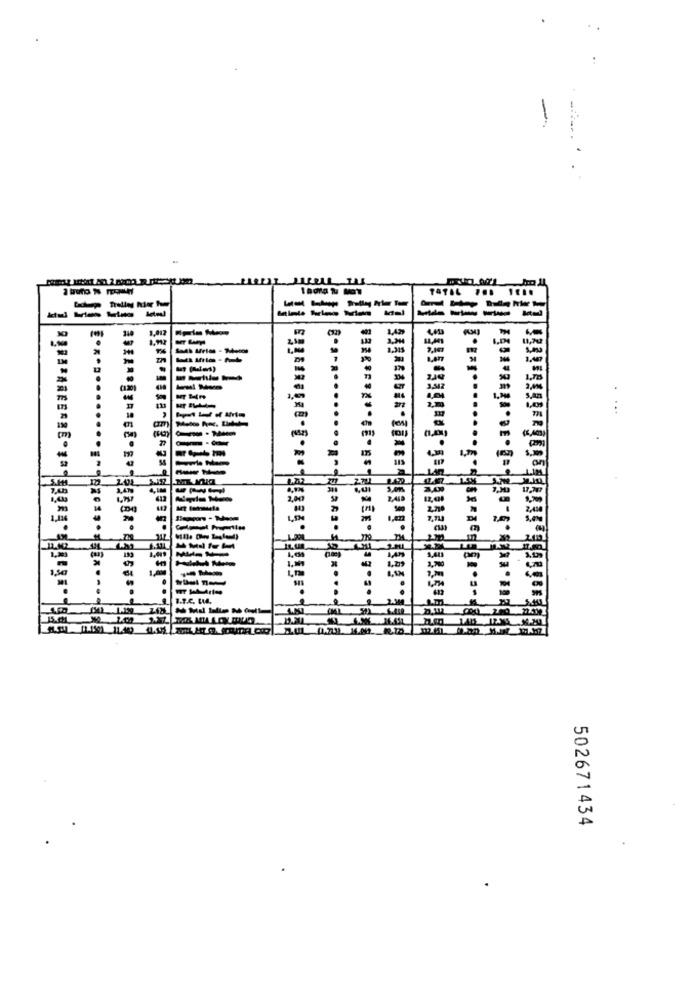
-----
-----
---------
..... ¥:1.
-
-
=
My (Mais)
..
.......
am
.
1.m
-
Lan
502671434